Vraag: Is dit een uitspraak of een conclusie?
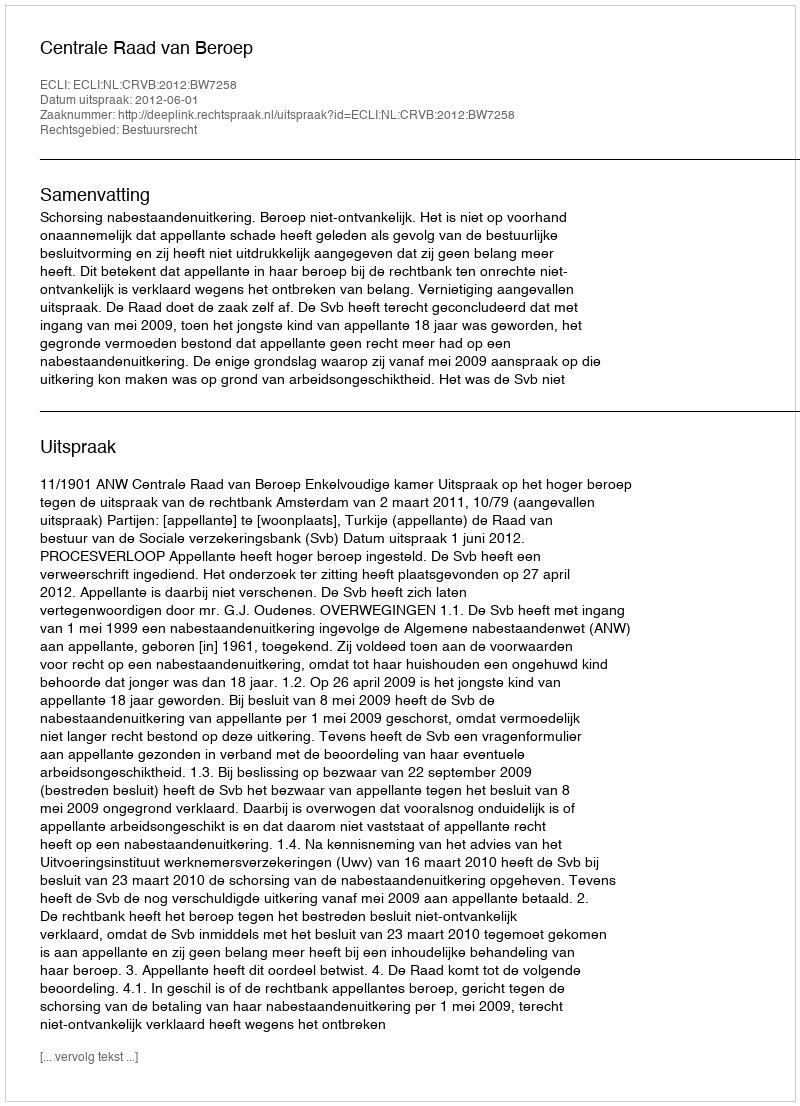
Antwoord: Uitspraak